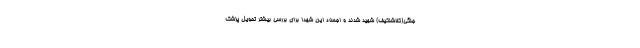
جنگی(کلاشنکیف) شهید شدند و اجساد این شهدا برای بررسی بیشتر تحویل پزشک